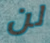
لن